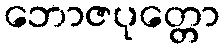
ဘောဇပုတ္တော